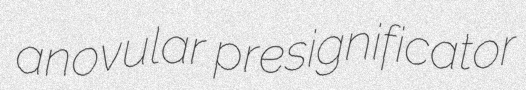
anovular presignificator